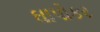
ઘાપોકર